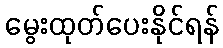
မွေးထုတ်ပေးနိုင်ရန်